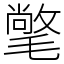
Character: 氅